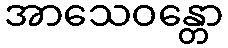
အာသေဝန္တော